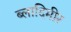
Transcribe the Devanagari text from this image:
ब्लादिमीर